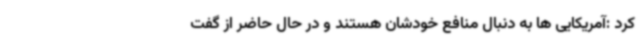
کرد :آمریکایی ها به دنبال منافع خودشان هستند و در حال حاضر از گفت